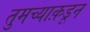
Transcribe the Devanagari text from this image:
तुमच्याक़डून